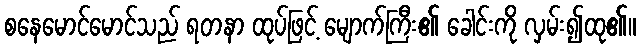
စနေမောင်မောင်သည် ရတနာ ထုပ်ဖြင့် မျောက်ကြီး၏ ခေါင်းကို လှမ်း၍ထု၏။